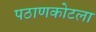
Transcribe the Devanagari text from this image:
पठाणकोटला